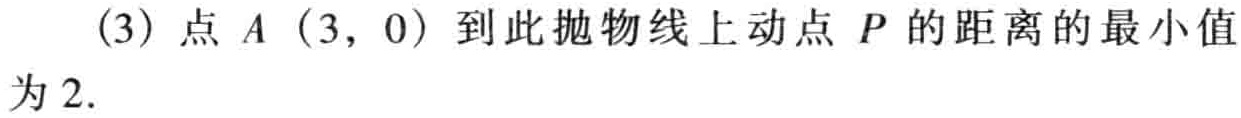
(3) 点 \(A(3,0)\) 到此抛物线上动点 \(P\) 的距离的最小值为 \(2\).